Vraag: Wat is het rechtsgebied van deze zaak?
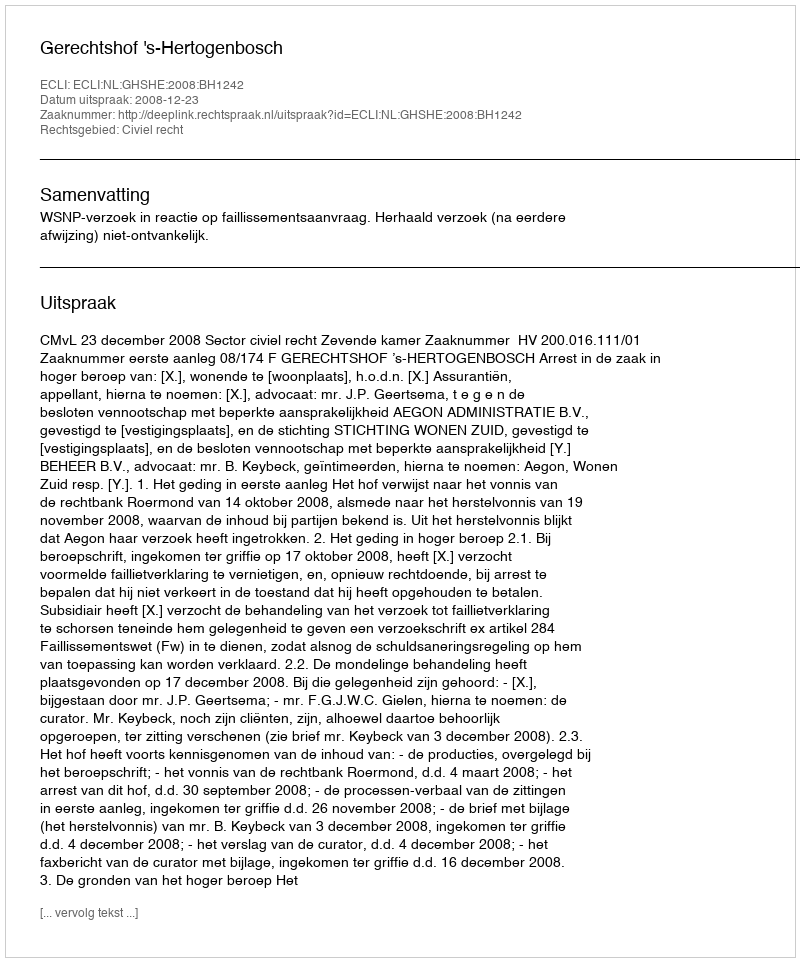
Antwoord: Civiel recht